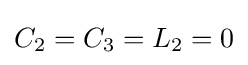
C_{2}=C_{3}=L_{2}=0